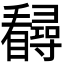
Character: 𪿃